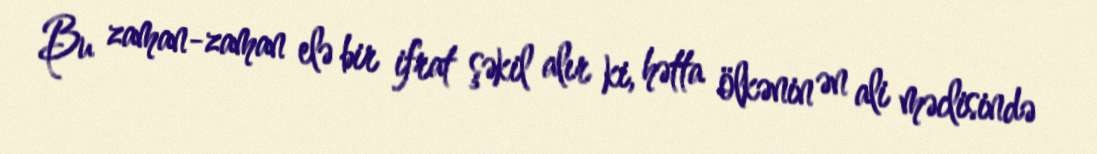
Bu zaman-zaman elə bir ifrat şəkil alır ki, hətta ölkənin ən ali məclisində